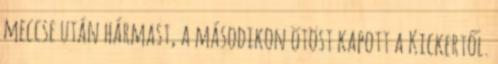
meccse után hármast, a másodikon ötöst kapott a Kickertől.